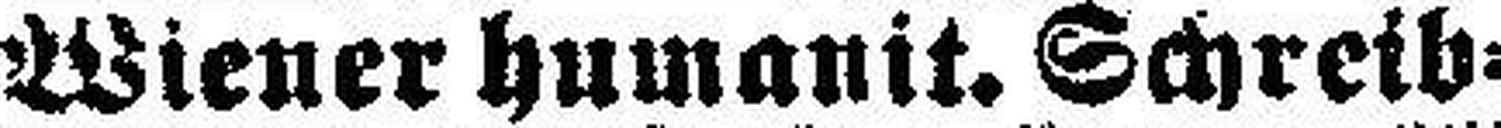
Wiener humanit. Schreib¬